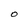
Character: O